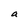
Character: a